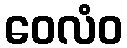
ဝေလံဝ